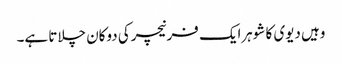
وہیں دیوی کا شوہرایک فرنیچرکی دوکان چلاتا ہے۔